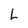
Character: L